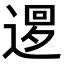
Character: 𨕔